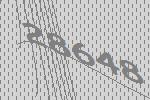
28648